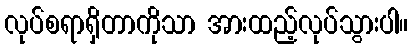
လုပ်စရာရှိတာကိုသာ အားထည့်လုပ်သွားပါ။